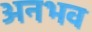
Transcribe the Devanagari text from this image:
अनभव